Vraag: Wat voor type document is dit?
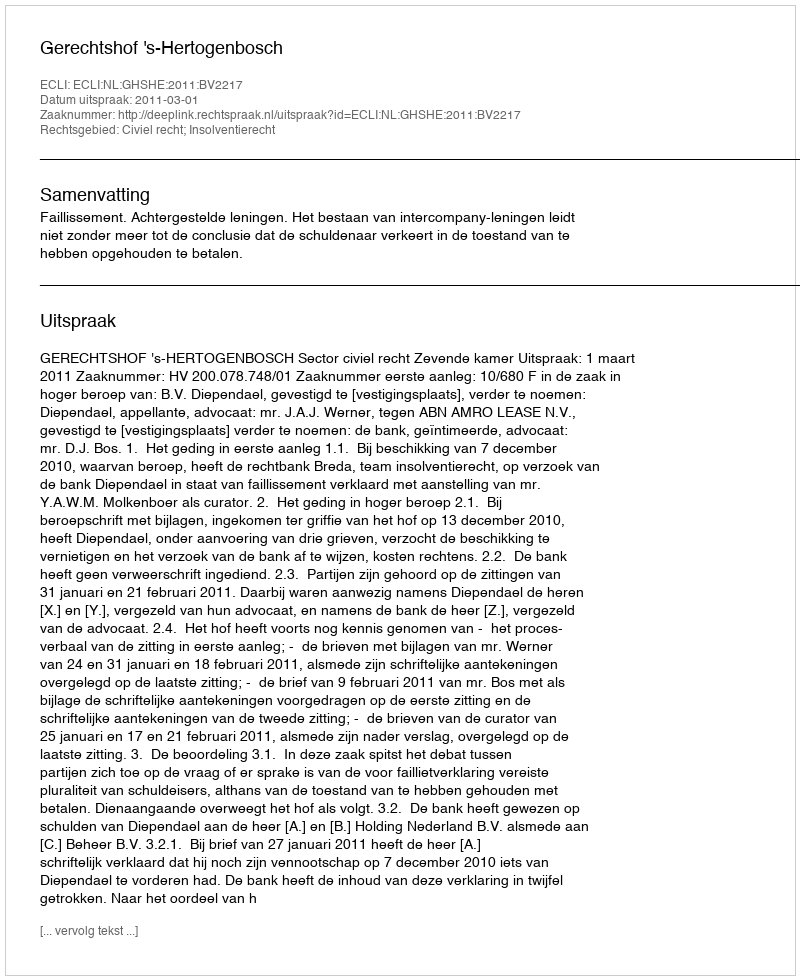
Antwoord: Uitspraak